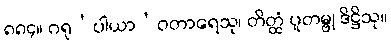
၈၈၄။ ဂရု’ပါယာ’ဝတာရေသု၊ တိတ္ထံ ပူတမ္ဗု ဒိဋ္ဌိသု။